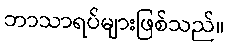
ဘာသာရပ်များဖြစ်သည်။